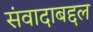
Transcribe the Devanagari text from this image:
संवादाबद्दल